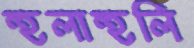
হুলাহুলি